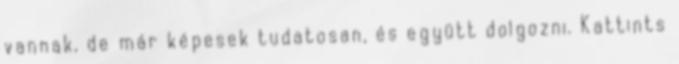
vannak, de már képesek tudatosan, és együtt dolgozni. Kattints